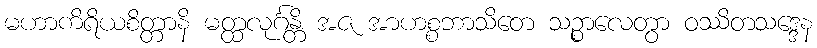
မဟာကိရိယစိတ္တာနိ မတ္ထလုင်္ဂန္တိ အဇ အာဟစ္စဘာသိတေ သဉ္စာလေတွာ ဝဿိတသဒ္ဒေန